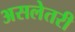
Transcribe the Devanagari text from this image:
असलेतरी